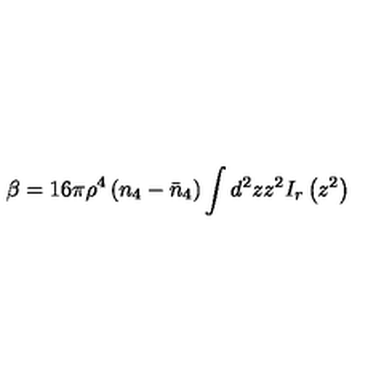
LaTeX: \beta = 1 6 \pi \rho ^ { 4 } \left( n _ { 4 } - \bar { n } _ { 4 } \right) \int d ^ { 2 } z z ^ { 2 } I _ { r } \left( z ^ { 2 } \right)